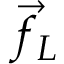
\vec { f } _ { L }